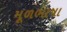
મૂળભાષા